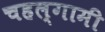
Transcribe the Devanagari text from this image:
चहल्गामी